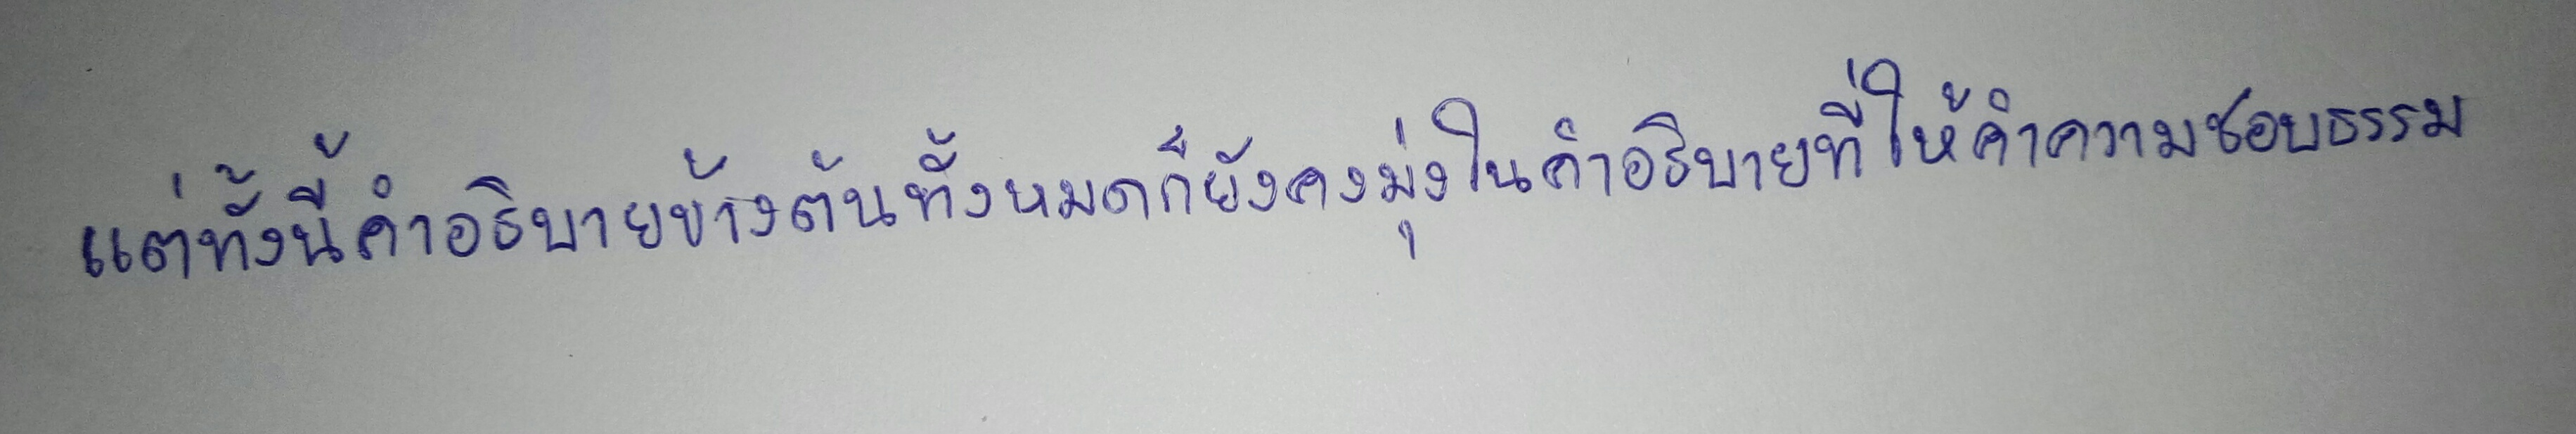
แต่ทั้งนี้คำอธิบายข้างต้นทั้งหมดก็ยังคงมุ่งในคำอธิบายที่ให้คำความชอบธรรม